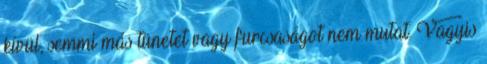
kívül, semmi más tünetet vagy furcsaságot nem mutat. Vagyis